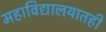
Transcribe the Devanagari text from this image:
महाविद्यालयातही